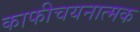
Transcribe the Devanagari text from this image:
काफीचयनात्मक